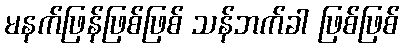
မနက်ဖြန်ဖြစ်ဖြစ် သန်ဘက်ခါ ဖြစ်ဖြစ်